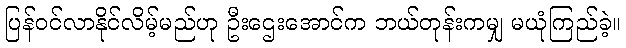
ပြန်ဝင်လာနိုင်လိမ့်မည်ဟု ဦးဌေးအောင်က ဘယ်တုန်းကမျှ မယုံကြည်ခဲ့။